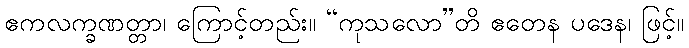
ဧကလက္ခဏတ္တာ၊ ကြောင့်တည်း။ “ကုသလော”တိ ဧတေန ပဒေန၊ ဖြင့်။